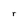
Character: r